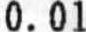
0.01